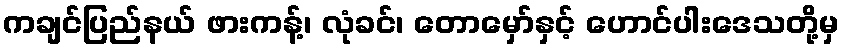
ကချင်ပြည်နယ် ဖားကန့်၊ လုံခင်၊ တောမှော်နှင့် ဟောင်ပါးဒေသတို့မှ